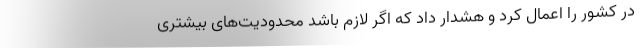
در کشور را اعمال کرد و هشدار داد که اگر لازم باشد محدودیت‌های بیشتری